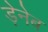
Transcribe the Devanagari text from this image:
ड़ेनेब